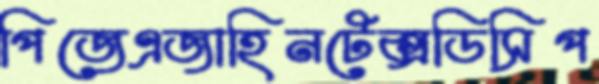
পিজেএজাহিনটেক্সডিসিপ